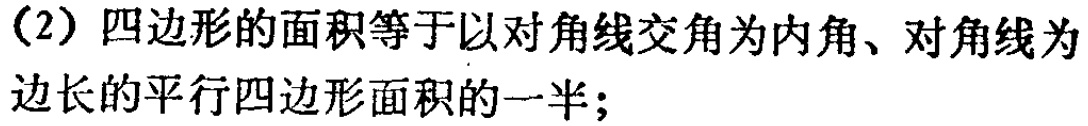
（2）四边形的面积等于以对角线交角为内角、对角线为边长的平行四边形面积的一半；